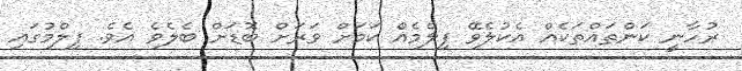
ރުހާނީ ކަންތައްތަކެއް އެކުލެވޭ ފިލްމެއް ކަމަށް ވަރަށް ބޮޑަށް ބެލެވެ އެވެ. ފިލްމުގައި